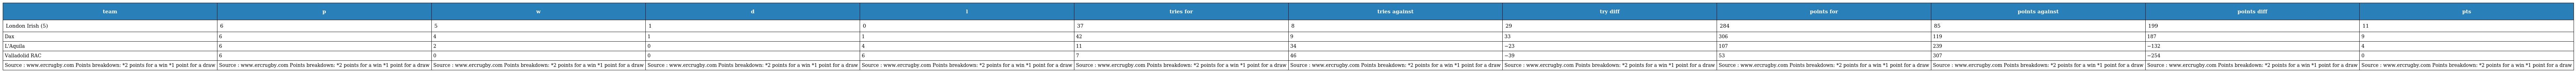
| team | p | w | d | l | tries for | tries against | try diff | points for | points against | points diff | pts |
 | --- | --- | --- | --- | --- | --- | --- | --- | --- | --- | --- | --- |
 | London Irish (5) | 6 | 5 | 1 | 0 | 37 | 8 | 29 | 284 | 85 | 199 | 11 |
 | Dax | 6 | 4 | 1 | 1 | 42 | 9 | 33 | 306 | 119 | 187 | 9 |
 | L'Aquila | 6 | 2 | 0 | 4 | 11 | 34 | −23 | 107 | 239 | −132 | 4 |
 | Valladolid RAC | 6 | 0 | 0 | 6 | 7 | 46 | −39 | 53 | 307 | −254 | 0 |
 | Source : www.ercrugby.com Points breakdown: *2 points for a win *1 point for a draw | Source : www.ercrugby.com Points breakdown: *2 points for a win *1 point for a draw | Source : www.ercrugby.com Points breakdown: *2 points for a win *1 point for a draw | Source : www.ercrugby.com Points breakdown: *2 points for a win *1 point for a draw | Source : www.ercrugby.com Points breakdown: *2 points for a win *1 point for a draw | Source : www.ercrugby.com Points breakdown: *2 points for a win *1 point for a draw | Source : www.ercrugby.com Points breakdown: *2 points for a win *1 point for a draw | Source : www.ercrugby.com Points breakdown: *2 points for a win *1 point for a draw | Source : www.ercrugby.com Points breakdown: *2 points for a win *1 point for a draw | Source : www.ercrugby.com Points breakdown: *2 points for a win *1 point for a draw | Source : www.ercrugby.com Points breakdown: *2 points for a win *1 point for a draw | Source : www.ercrugby.com Points breakdown: *2 points for a win *1 point for a draw |